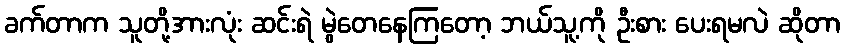
ခက်တာက သူတို့အားလုံး ဆင်းရဲ မွဲတေနေကြတော့ ဘယ်သူ့ကို ဦးစား ပေးရမလဲ ဆိုတာ